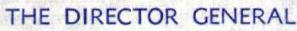
THE DIRECTOR GENERAL